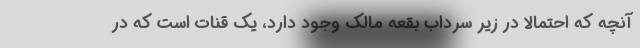
آنچه که احتمالا در زیر سرداب بقعه مالک وجود دارد، یک قنات است که در